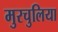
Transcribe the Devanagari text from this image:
मुरचुलिया